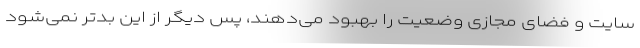
سایت و فضای مجازی وضعیت را بهبود می‌دهند، پس دیگر از این بدتر نمی‌شود